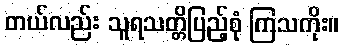
တယ်လည်း သူရသတ္တိပြည့်စုံ ကြသကိုး။